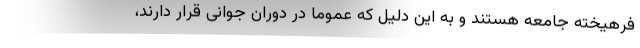
فرهیخته جامعه هستند و به این دلیل که عموما در دوران جوانی قرار دارند،